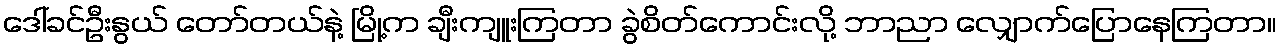
ဒေါ်ခင်ဦးနွယ် တော်တယ်နဲ့ မြို့က ချီးကျူးကြတာ ခွဲစိတ်ကောင်းလို့ ဘာညာ လျှောက်ပြောနေကြတာ။